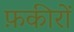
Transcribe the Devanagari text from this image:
फ़कीरों